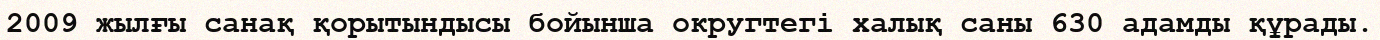
2009 жылғы санақ қорытындысы бойынша округтегі халық саны 630 адамды құрады.